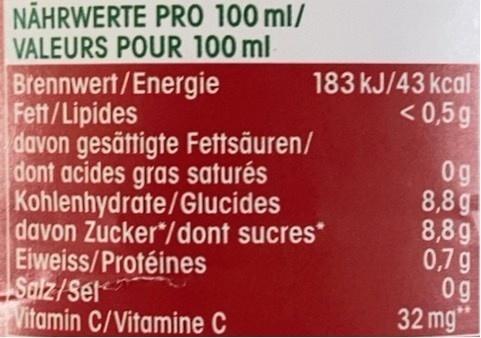
NÄHRWERTE PRO 100 ml/ VALEURS POUR 100 ml
183 kJ/43 kcal < 0,5g
Brennwert/Energie Fett/Lipides davon gesättigte Fettsäuren/ dont acides gras saturés Kohlenhydrate/Glucides davon Zucker*/dont sucres* Eiweiss/Protéines Salz/Set Vitamin C/Vitamine C
0g 8,8g 8,89 0,7 g 0g 32 mg"